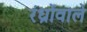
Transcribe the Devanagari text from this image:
रंध्रोंवाले